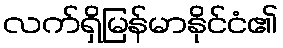
လက်ရှိမြန်မာနိုင်ငံ၏